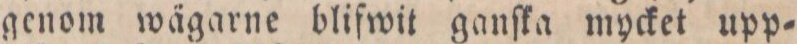
genom wägarne blifwit ganſka mycket upp=